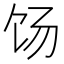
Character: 饧